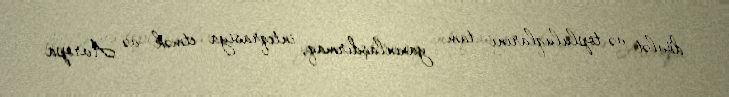
dövlət və topluluqlarını tam yaxınlaşdırmaq, inteqrasiya etmək və Avropa